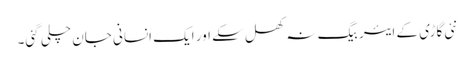
نئی گاڑی کے ایئر بیگ نہ کھل سکے اور ایک انسانی جان چلی گئی۔